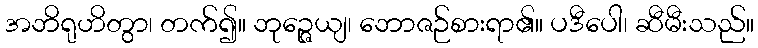
အဘိရုဟိတွာ၊ တက်၍။ ဘုဉ္ဇေယျ၊ ဘောဇဉ်စားရာ၏။ ပဒီပေါ၊ ဆီမီးသည်။